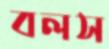
বলস